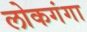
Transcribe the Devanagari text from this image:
लोकगंगा